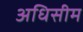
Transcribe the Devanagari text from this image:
अधिसीम